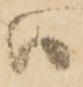
ハ